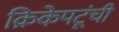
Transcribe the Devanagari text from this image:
क्रिकेपटूंची